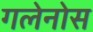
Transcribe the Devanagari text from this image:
गलेनोस